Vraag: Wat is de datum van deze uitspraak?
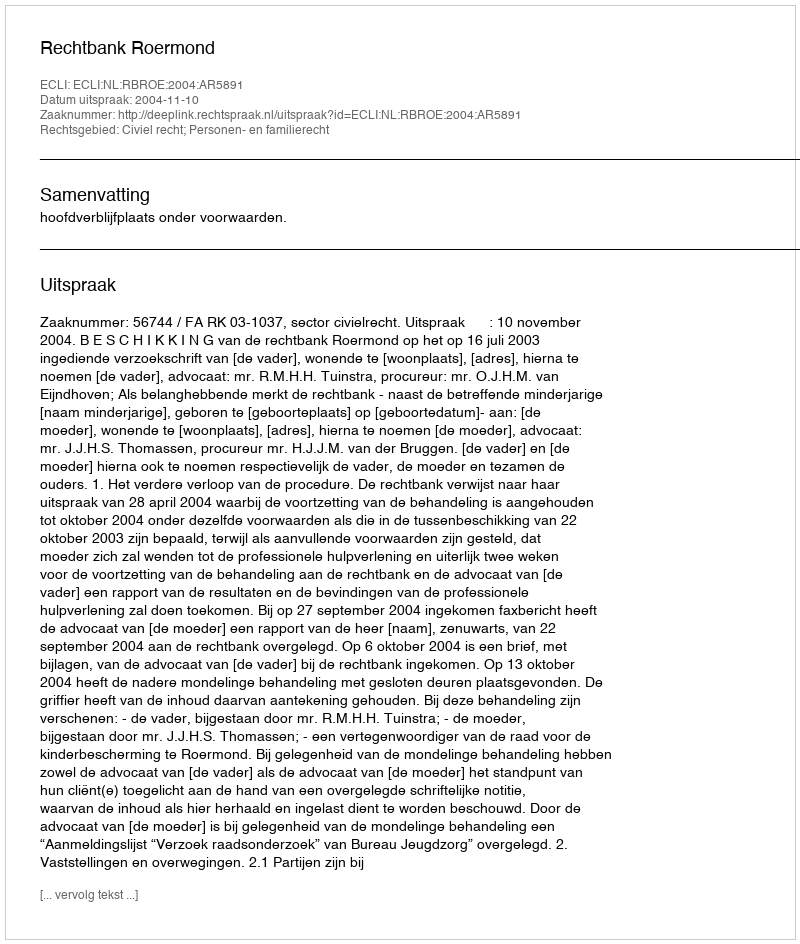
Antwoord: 2004-11-10